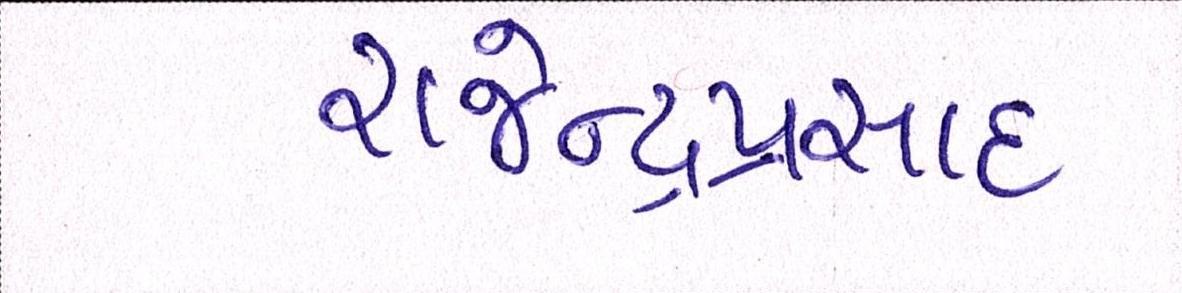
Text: રાજેન્દ્રપ્રસાદ